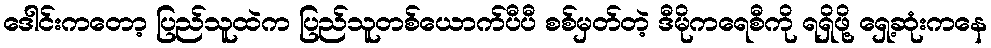
ဒေါင်းကတော့ ပြည်သူထဲက ပြည်သူတစ်ယောက်ပီပီ စစ်မှတ်တဲ့ ဒီမိုကရေစီကို ရရှိဖို့ ရှေ့ဆုံးကနေ